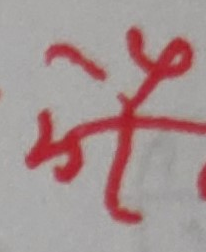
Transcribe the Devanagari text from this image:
चौं